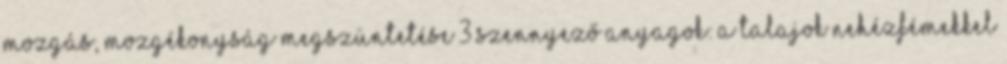
mozgás, mozgékonyság megszüntetése 3 Szennyező anyagok: A talajok nehézfémekkel